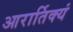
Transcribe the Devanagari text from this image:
आरार्तिक्यं